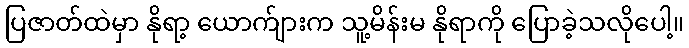
ပြဇာတ်ထဲမှာ နိုရာ့ ယောက်ျားက သူ့မိန်းမ နိုရာကို ပြောခဲ့သလိုပေါ့။